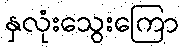
နှလုံးသွေးကြော